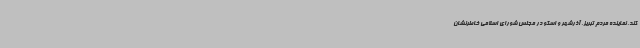
کند. نماینده مردم تبریز، آذرشهر و اسکو در مجلس شورای اسلامی خاطرنشان